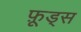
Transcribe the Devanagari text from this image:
फ़ूड्स